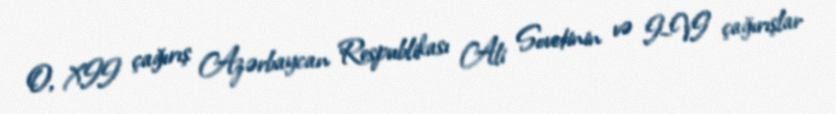
O, XII çağırış Azərbaycan Respublikası Ali Sovetinin və I–VI çağırışlar